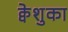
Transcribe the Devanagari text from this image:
क्वेशुका